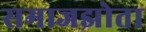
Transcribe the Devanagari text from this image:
समाजझोता